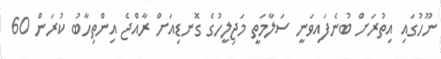
ނޫހުގައި އިތުރަށް ބުނެފައިވަނީ ސަލާމަތީ މަޖިލީހުގެ ގޮނޑިއަށް ރާއްޖެ އިންތިހާބު ކުރަން 60